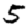
Digit: 5